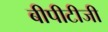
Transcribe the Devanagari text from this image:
बीपीटीजी